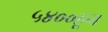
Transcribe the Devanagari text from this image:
५४००हून